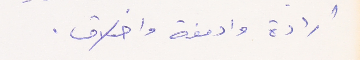
ارادة وادمغة واخلاق.